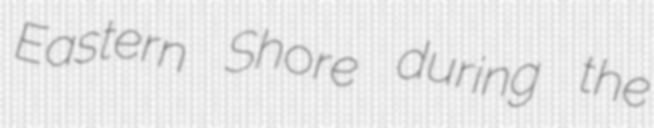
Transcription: Eastern Shore during the